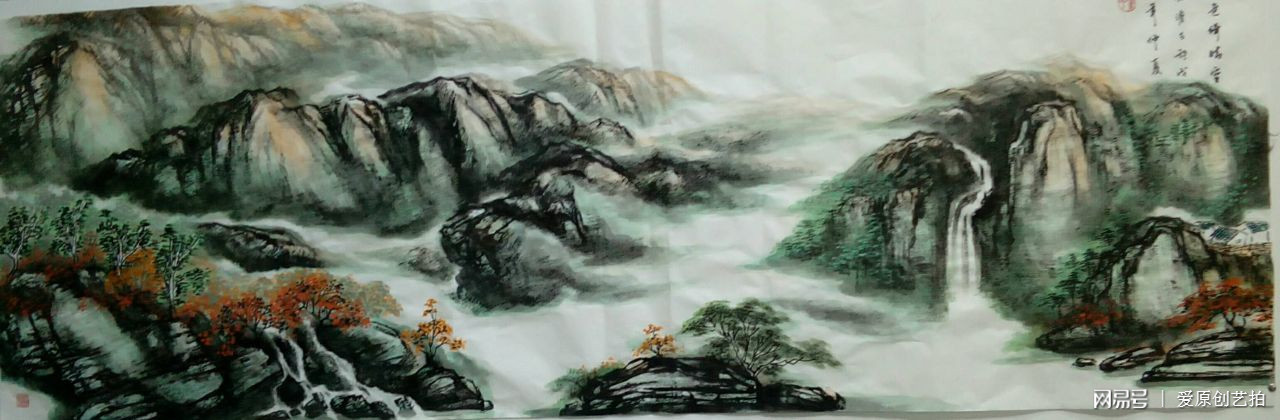
秋雨一何碧，山色倚晴空。